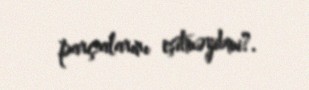
parçalarını eşitməyibmi?.